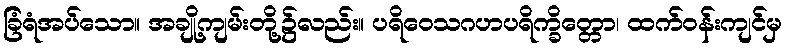
ခြံရံအပ်သော။ အချို့ကျမ်းတို့၌လည်း။ ပရိဝေသဂဟပရိက္ခိတ္တော၊ ထက်ဝန်းကျင်မှ